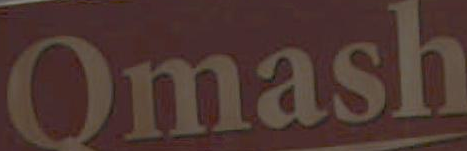
Qmash